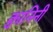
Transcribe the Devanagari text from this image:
क्वानिनी